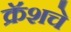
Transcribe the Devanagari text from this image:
क्रॅशचे